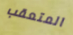
المتعقب